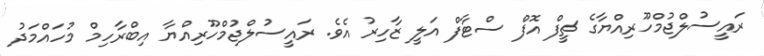
ރައީސުލްޖުމްހޫރިއްޔާގެ ޗީފް އޮފް ސްޓާފް އަލީ ޒާހިރު އެވެ. ރައީސުލްޖުމްހޫރިއްޔާ އިބްރާހިމް މުހައްމަދު